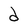
Character: d